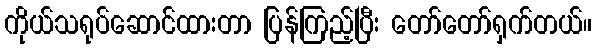
ကိုယ်သရုပ်ဆောင်ထားတာ ပြန်ကြည့်ပြီး တော်တော်ရှက်တယ်။